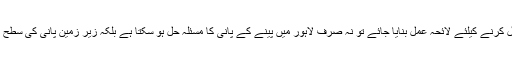
اگر اس پانی کو استعمال کرنے کیلئے لائحہ عمل بنایا جائے تو نہ صرف لاہور میں پینے کے پانی کا مسئلہ حل ہو سکتا ہے بلکہ زیر زمین پانی کی سطح بھی بہتر ہو سکتی ہے۔